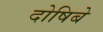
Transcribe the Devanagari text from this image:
दोषिबे